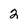
Character: 2